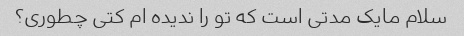
سلام مایک مدتی است که تو را ندیده ام کتی چطوری؟